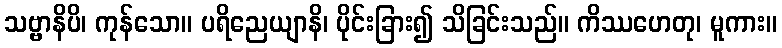
သဗ္ဗာနိပိ၊ ကုန်သော။ ပရိညေယျာနိ၊ ပိုင်းခြား၍ သိခြင်းသည်။ ကိဿဟေတု၊ မူကား။